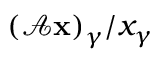
{ { ( \mathcal { A } { \bf x } ) } _ { \gamma } } / { x _ { \gamma } }